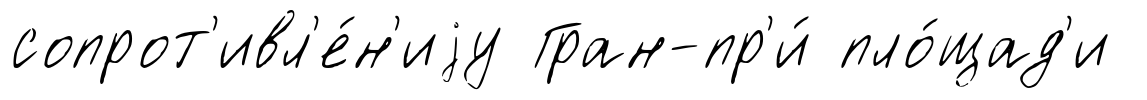
сопрот'ивл'е́н'иjу Гран-пр'и́ пло́щад'и